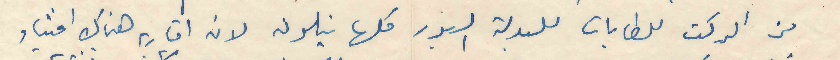
من الركت للطابات للبدلة السبور كلها نيلون لان اقاربه هناك اغنياء